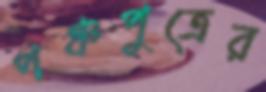
পঞ্চপুত্রের